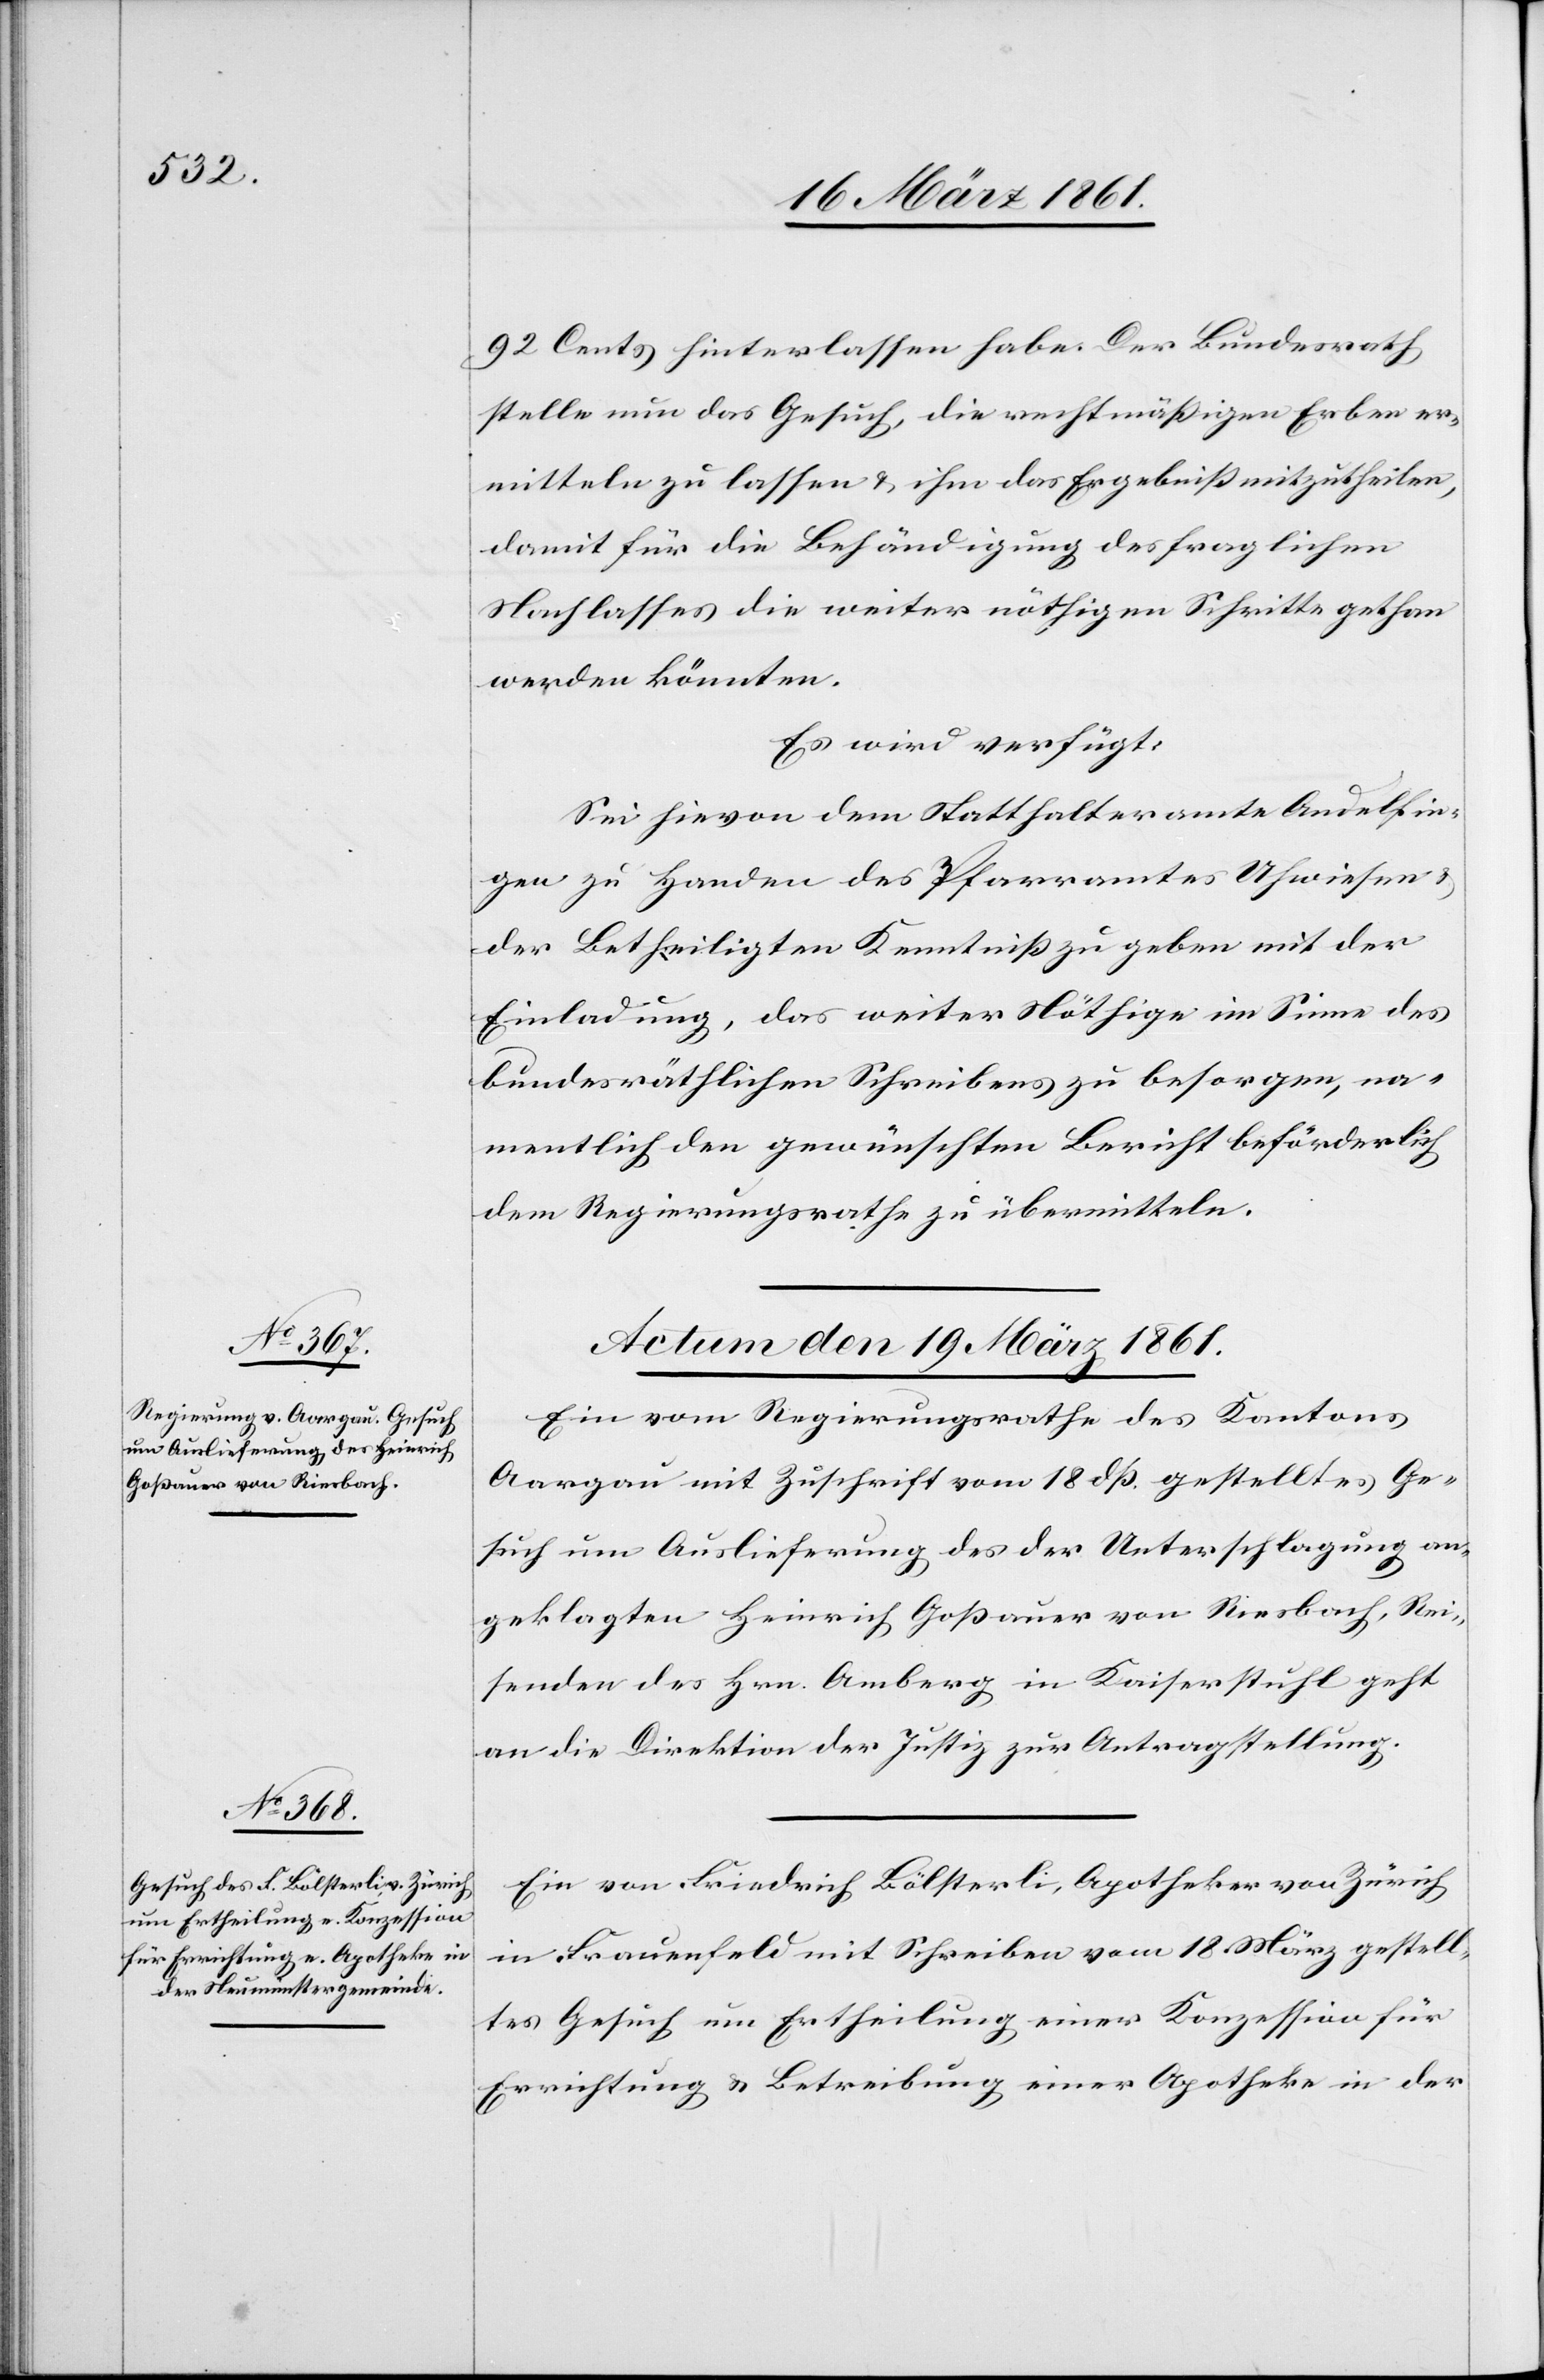
92 Cents hinterlassen habe. Der Bundesrath
stelle nun das Gesuch, die rechtmäßigen Erben er¬
mitteln zu lassen u. ihm das Ergebniß mitzutheilen,
damit für die Behändigung des fraglichen
Nachlasses die weiter nöthigen Schritte gethan
werden könnten.
Es wird verfügt:
Sei hievon dem Statthalteramte Andelfin¬
gen zu Handen des Pfarramtes Uhwiesen u.
der Betheiligten Kenntniß zu geben mit der
Einladung, das weiter Nöthige im Sinne des
bundesräthlichen Schreibens zu besorgen, na¬
mentlich den gewünschten Bericht beförderlich
dem Regierungsrathe zu übermitteln.
Actum den 19. März 1861.]
Ein vom Regierungsrathe des Kantons
Aargau mit Zuschrift vom 18. dß gestelltes Ge¬
such um Auslieferung des der Unerschlagung an¬
geklagten Heinrich Gosßauer von Riesbach, Rei¬
senden des Hrn. Amberg in Kaiserstuhl geht
an die Direktion der Justiz zur Antragstellung.
Ein von Friedrich Bölsterli, Apotheker von Zürich
in Frauenfeld mit Schreiben vom 18. März gestell¬
tes Gesuch um Ertheilung einer Konzession für
Errichtung u. Betreibung einer Apotheke in der